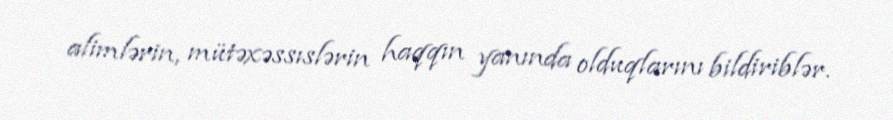
alimlərin, mütəxəssıslərin haqqın yanında olduqlarını bildiriblər.